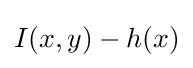
I(x,y)-h(x)